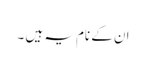
ان کے نام یہ ہیں ۔